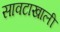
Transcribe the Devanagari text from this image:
सावटाखाली